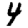
Digit: 4